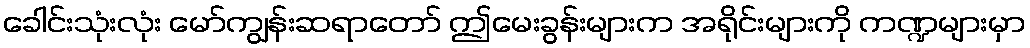
ခေါင်းသုံးလုံး မော်ကျွန်းဆရာတော် ဤမေးခွန်းများက အရိုင်းများကို ကဏ္ဍများမှာ